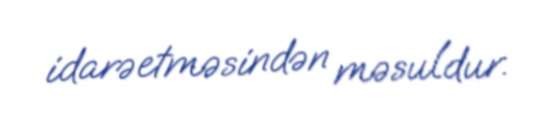
idarəetməsindən məsuldur.